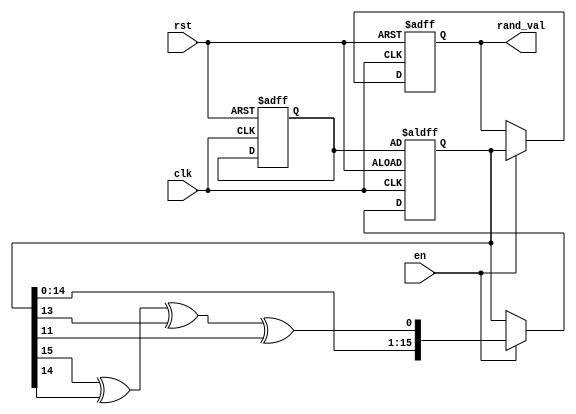
module RandomInitialization(
    input wire clk,
    input wire rst,
    input wire en,
    output reg [15:0] rand_val // 16-bit random value output
);

    reg [15:0] seed;          // Seed for random number generation
    reg [15:0] random_state;  // Current state of the random number generator

    // LFSR polynomial x^16 + x^14 + x^13 + x^11 + 1 (example)
    function [15:0] lfsr_next;
        input [15:0] state;
        begin
            lfsr_next = {state[14:0], state[15] ^ state[14] ^ state[13] ^ state[11]};
        end
    endfunction

    // Asynchronous reset
    always @(posedge clk or posedge rst) begin
        if (rst) begin
            rand_val <= 16'b0;                  // Reset output to zero
            seed <= 16'hACE1;                   // Example seed value
            random_state <= seed;               // Initialize random state with seed
        end else if (en) begin
            random_state <= lfsr_next(random_state);  // Generate new random state
            rand_val <= random_state;            // Assign random state to output
        end
    end

endmodule